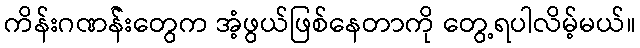
ကိန်းဂဏန််းတွေက အံ့ဖွယ်ဖြစ်နေတာကို တွေ့ရပါလိမ့်မယ်။